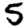
Digit: 5